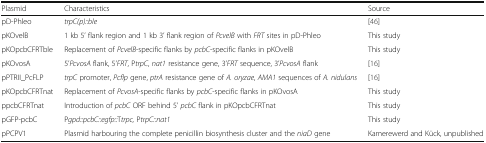
<table><thead><tr><td><b>Plasmid</b></td><td><b>Characteristics</b></td><td><b>Source</b></td></tr></thead><tbody><tr><td>pD-Phleo</td><td><i>trpC(p)::ble</i></td><td>[46]</td></tr><tr><td>pKOvelB</td><td>1 kb 5’ flank region and 1 kb 3’ flank region of <i>PcvelB</i> with <i>FRT</i> sites in pD-Phleo</td><td>This study</td></tr><tr><td>pKOpcbCFRTble</td><td>Replacement of <i>PcvelB</i>-specific flanks by <i>pcbC</i>-specific flanks in pKOvelB</td><td>This study</td></tr><tr><td>pKOvosA</td><td>5’<i>PcvosA</i> flank, 5’<i>FRT</i>, P<i>trpC</i>, <i>nat1</i> resistance gene, 3’<i>FRT</i> sequence, 3’<i>PcvosA</i> flank</td><td>[16]</td></tr><tr><td>pPTRII_PcFLP</td><td><i>trpC</i> promoter, <i>Pcflp</i> gene, <i>ptrA</i> resistance gene of <i>A. oryzae</i>, <i>AMA1</i> sequences of <i>A. nidulans</i></td><td>[16]</td></tr><tr><td>pKOpcbCFRTnat</td><td>Replacement of <i>PcvosA</i>-specific flanks by <i>pcbC</i>-specific flanks in pKOvosA</td><td>This study</td></tr><tr><td>ppcbCFRTnat</td><td>Introduction of <i>pcbC</i> ORF behind 5’ <i>pcbC</i> flank in pKOpcbCFRTnat</td><td>This study</td></tr><tr><td>pGFP-pcbC</td><td>P<i>gpd::pcbC::egfp::</i>T<i>trpc,</i> P<i>trpC::nat1</i></td><td>This study</td></tr><tr><td>pPCPV1</td><td>Plasmid harbouring the complete penicillin biosynthesis cluster and the <i>niaD</i> gene</td><td>Kamerewerd and Kück, unpublished</td></tr></tbody></table>